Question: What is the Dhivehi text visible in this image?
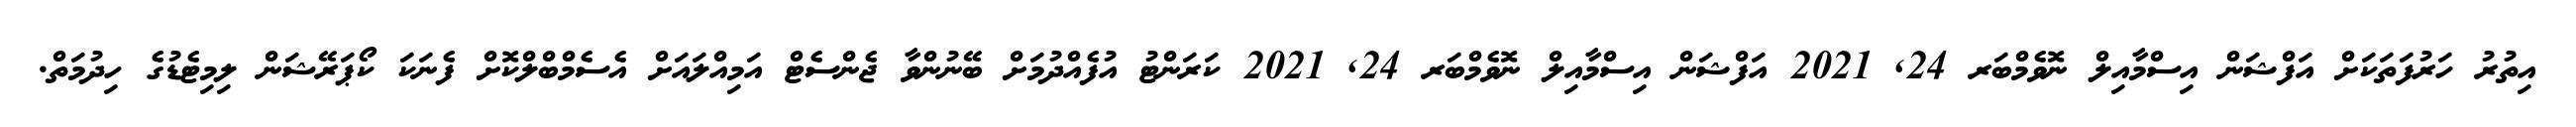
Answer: އިތުރު ހަރުފަތަކަށް އަފްޝަން އިސްމާއިލް ނޮވެމްބަރ 24, 2021 އަފްޝަން އިސްމާއިލް ނޮވެމްބަރ 24, 2021 ކަރަންޓު އުފެއްދުމަށް ބޭނުންވާ ޖެންސެޓް އަމިއްލައަށް އެސެމްބްލްކޮށް ފެނަކަ ކޯޕަރޭޝަން ލިމިޓެޑުގެ ހިދުމަތް.